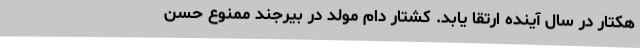
هکتار در سال آینده ارتقا یابد. کشتار دام مولد در بیرجند ممنوع حسن